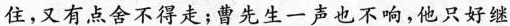
住，又有点舍不得走；曹先生一声也不响，他只好继